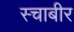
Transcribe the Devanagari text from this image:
स्चाबीर